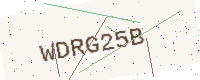
Text: WDRG25B